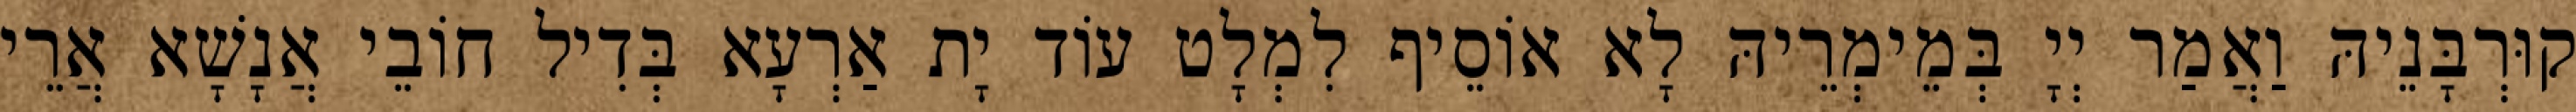
קוּרְבָּנֵיהּ וַאֲמַר יְיָ בְּמֵימְרֵיהּ לָא אוֹסֵיף לִמְלָט עוֹד יָת אַרְעָא בְּדִיל חוֹבֵי אֲנָשָׁא אֲרֵי